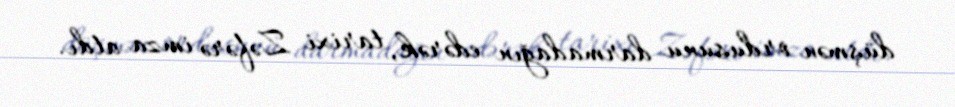
düşmən ordusunu darmadağın edərək, tarixi Zəfərə imza atdı.